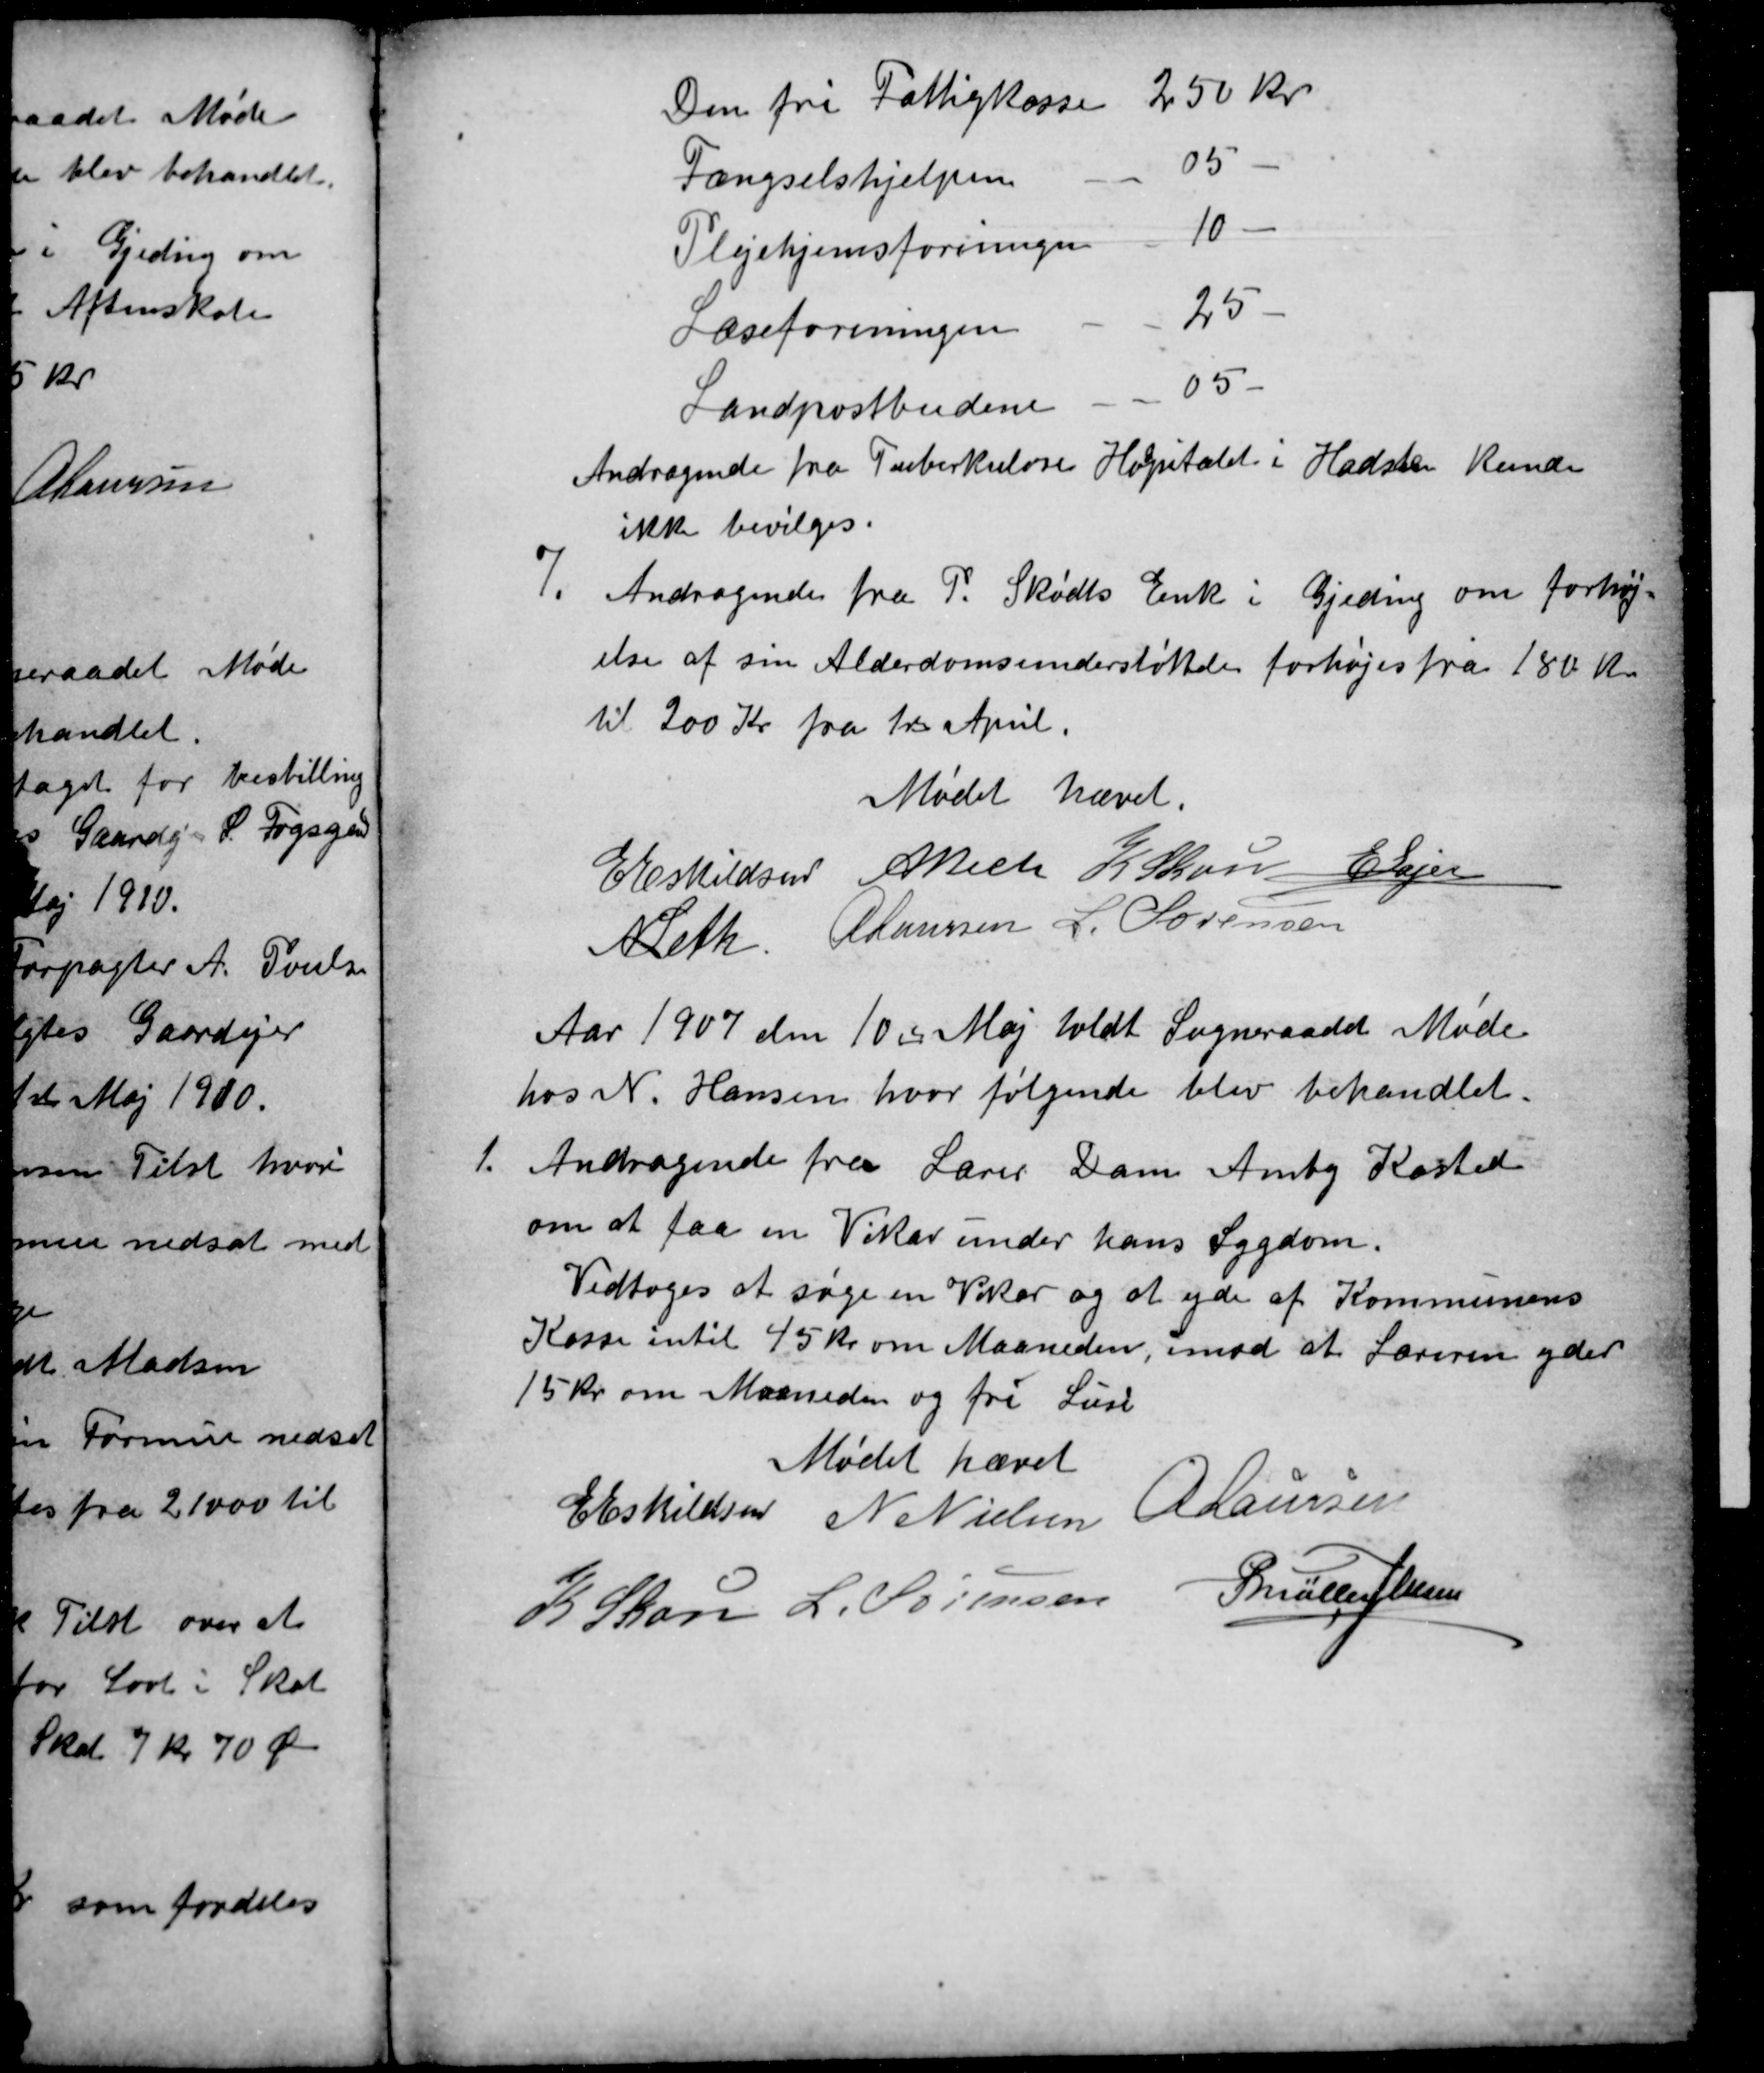
Transskription:
Den fri Fattigkasse
250 Kr 
Fængselshjælpen
25
Plejehjemsforeningen
10
Læseforeningen
25
Landpostbudene
05
Andragende fra Tuberkulose Hospitalet i Hadsten kunde
ikke bevilges.
7.
Andragende fra P. Skødts Enke i Gjeding om forhøj-
else af sin Alderdomsunderstøttelse forhøjes fra 180 Kr
til 200 Kr fra 1st April.
Mødet hævet.
E Eskildsen A Bech K Skou E Lajer
N Leth A Laursen L. Sørensen
Aar 1907 den 10de Maj holdt Sogneraadet Møde
hos N. Hansen, hvor følgende blev behandlet.
1.
Andragende fra Lærer Dam Amby Kasted
om at faa en Vikar under hans Sygdom.
Vedtoges at søge en Vikar og at yde af Kommunens
Kasse intil 45 kr om Maaneden, imod at Læreren yder
15 kr om Maaneden og fri Lusi
Mødet hævet
E Eskildsen N Nielsen A Laursen
K Skov L. Sørensen
P Møller Jensen